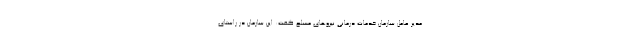
مدیر عامل سازمان خدمات درمانی نیروهای مسلح گفت: این سازمان در راستای